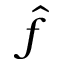
\hat { f }